Leaving Certificate Examination (including Day School Certificate (Higher) General paper), 1931
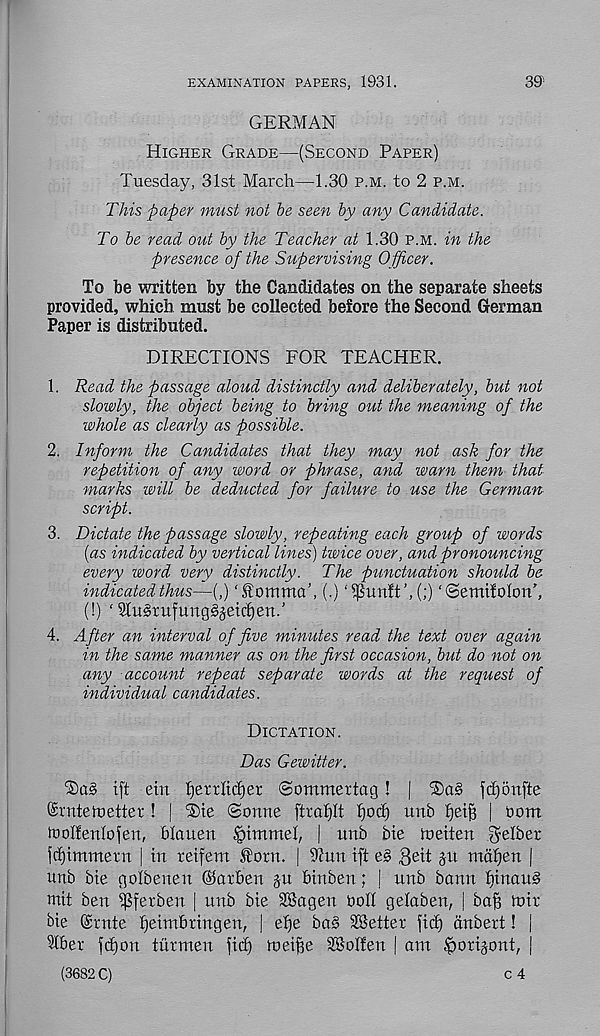
EXAMINATION PAPERS, 1931.
39'
GERMAN
Higher Grade—(Second Paper)
Tuesday, 31st March—1.30 p.m. to 2 p.m.
This paper must not be seen by any Candidate.
To be read out by the Teacher at 1.30 p.m. in the
presence of the Supervising Officer.
To be written by the Candidates on the separate sheets
provided, which must be collected before the Second German
Paper is distributed.
DIRECTIONS FOR TEACHER.
1. Read the passage aloud distinctly and deliberately, but not
slowly, the object being to bring out the meaning of the
whole as clearly as possible.
2. Inform the Candidates that they may not ask for the
repetition of any word or phrase, and warn them that
marks will be deducted for failure to use the German
script.
3. Dictate the passage slowly, repeating each group of words
(as indicated by vertical lines) twice over, and pronouncing,
every word very distinctly. The punctuation should be
indicatedthus—(,) ‘Itommcd, (.)'(;) ‘©emtfohm’,
(!) ' 21u§rufung§jetcf)en.'
4. After an interval of five minutes read the text over again
in the same manner as on the first occasion, but do not on
any account repeat separate words at the request of
individual candidates.
Dictation.
Das Gewitter.
SaS ift ein fjerrlidjer ©ommertag ! |
fd)5nfte
©rntetuetter ! | ®te Sonne ftrafjlt f)od) unb Ijeifi | oom
toolfenlofen, blauen Jpimmel, | unb bie iueiten gelber
fcfjimmetn | in reifem J^orn. | 9?un ift e§ 8Nt jn mdfien j
unb bie golbenen ©arben jn binben; I unb bftnn f)inau§
mit ben ipferben | unb bie SBagen boll gelaben, | ba§ hut
bie ©rnte fjeimbringen, | el)e ba§ SSetter )id) dnbert! j
5lber fcf)on turmen fid) meifee SSolfen | am !pori§ont, |
(3682 C)
c 4